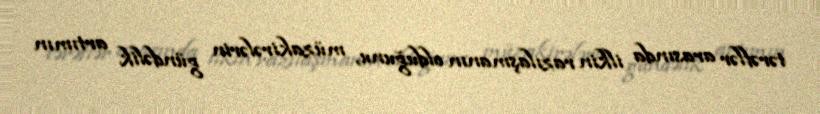
tərəflər arasında ilkin razılaşmanın olduğunu, müzakirələrin gündəlik artımın